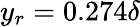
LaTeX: y_{r}=0.274\delta